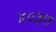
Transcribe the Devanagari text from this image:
४०३७